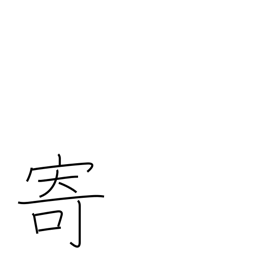
Meaning: bring near